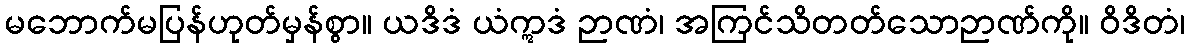
မဘောက်မပြန်ဟုတ်မှန်စွာ။ ယဒိဒံ ယံဣဒံ ဉာဏံ၊ အကြင်သိတတ်သောဉာဏ်ကို။ ဝိဒိတံ၊